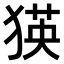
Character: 𤠉